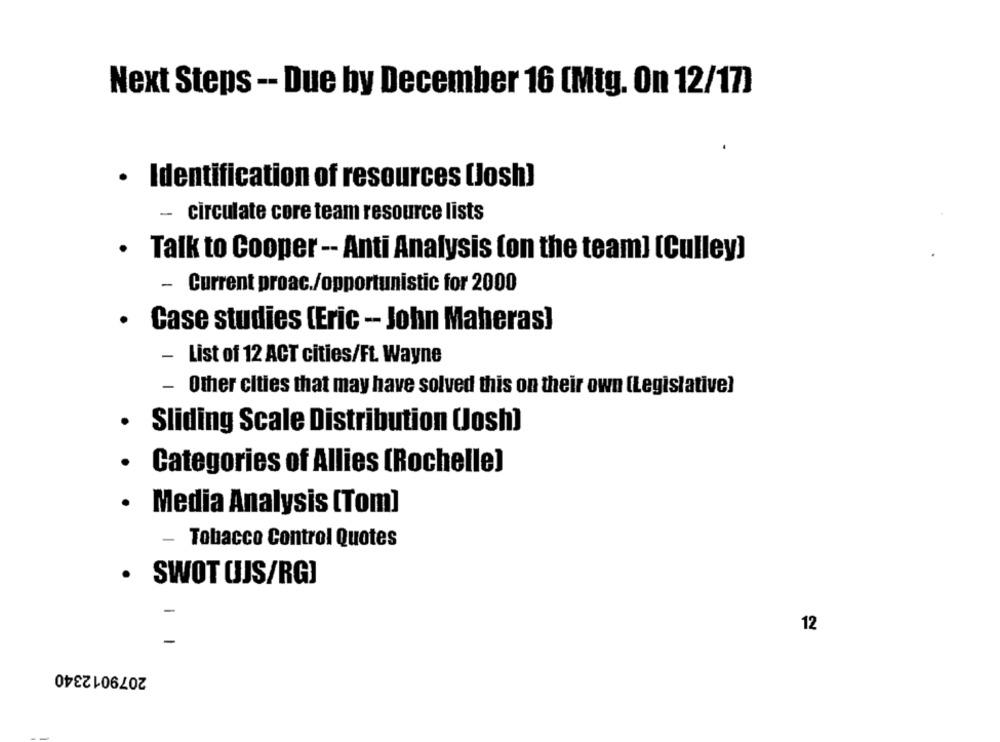
Next Steps -- Due by December 16 (Mtg. On 12/17)
· Identification of resources (Josh]
- circulate core team resource lists
. Talk to Cooper -- Anti Analysis (on the team] [Culley]
- Current proac./opportunistic for 2000
· Case studies (Eric - John Maheras]
-
List of 12 ACT cities/FL. Wayne
- Other cities that may have solved this on their own (Legislative)
· Sliding Scale Distribution (osh]
· Categories of Allies (Rochelle]
· Media Analysis [Tom]
-
Tobacco Control Quotes
· SWOT OJS/RGJ
-
12
-
2079012340